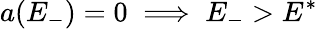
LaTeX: a(E_{-})=0\implies E_{-}>E^{*}